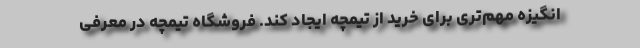
انگیزه مهم‌تری برای خرید از تیمچه ایجاد کند. فروشگاه تیمچه در معرفی